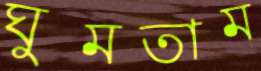
ঘুমতাম